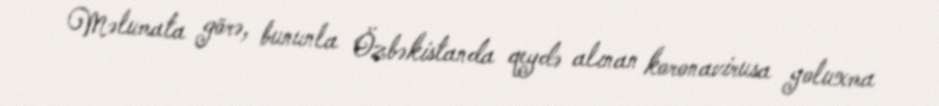
Məlumata görə, bununla Özbəkistanda qeydə alınan koronavirusa yoluxma